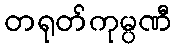
တရုတ်ကုမ္ပဏီ